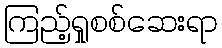
ကြည့်ရှုစစ်ဆေးရာ